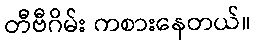
တီဗီဂိမ်း ကစားနေတယ်။